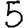
Digit: 5